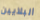
البلايين